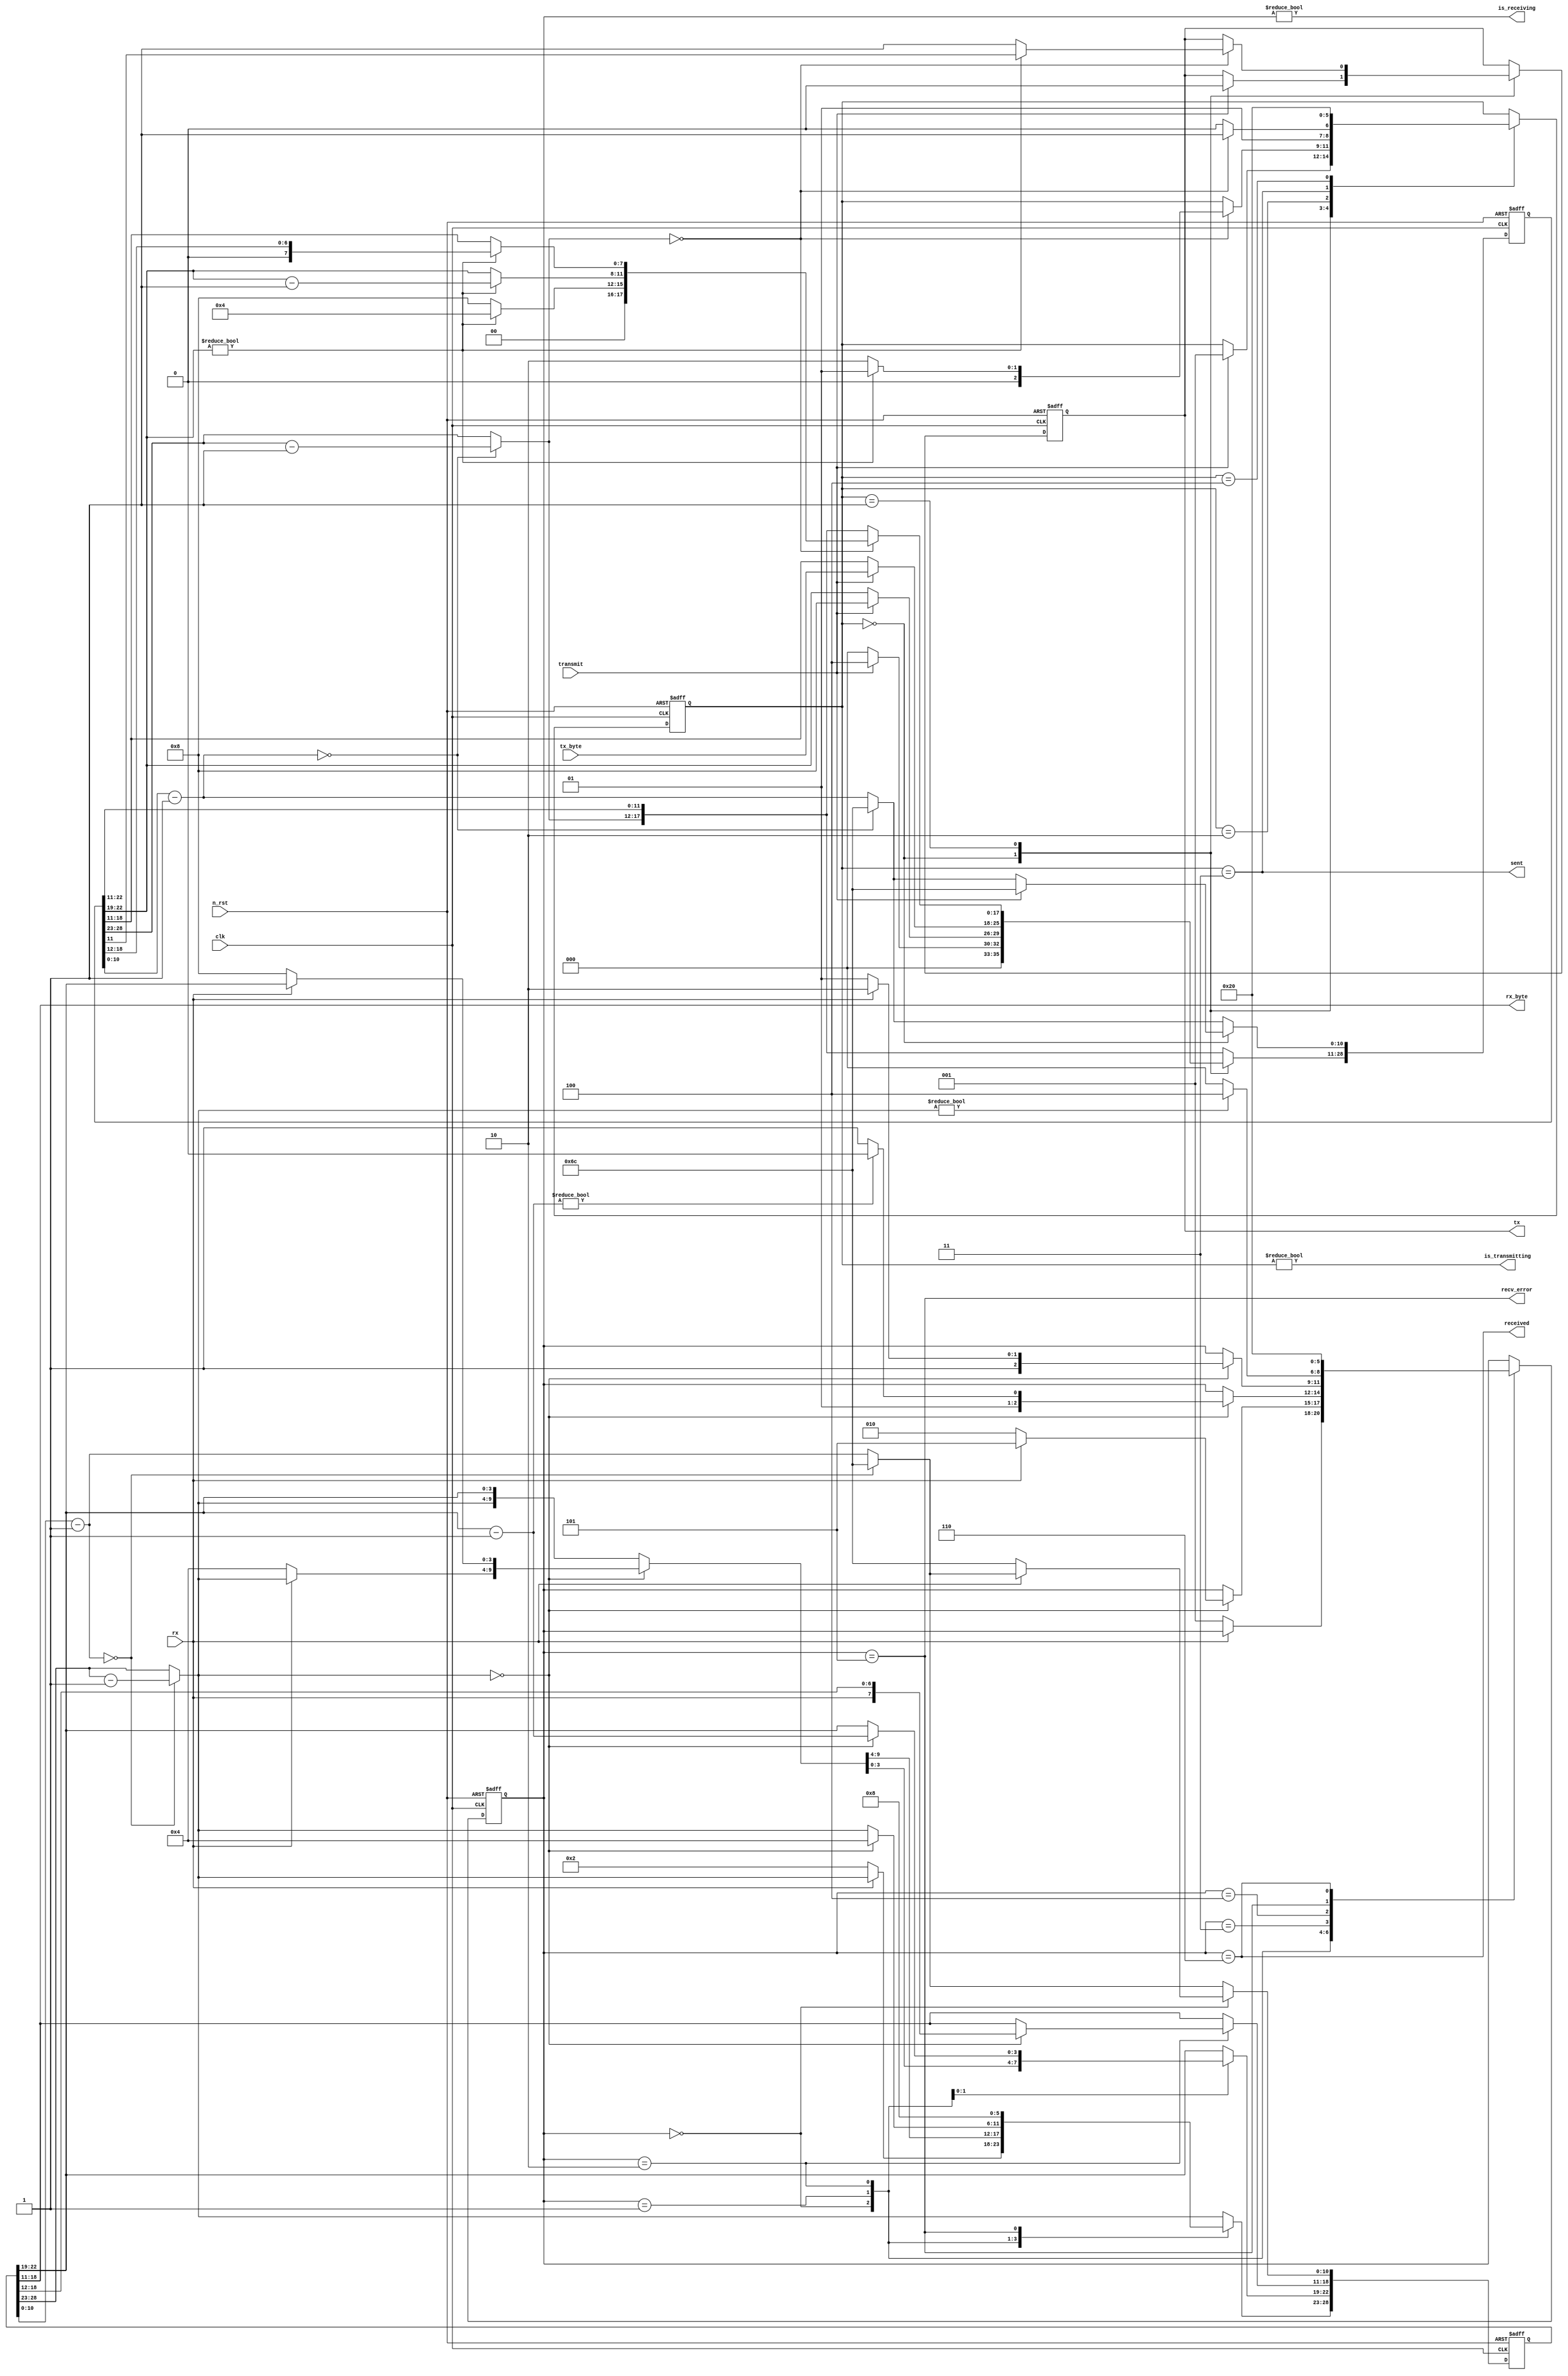
module uart (
	clk,
	n_rst,
	rx,
	tx,
	transmit,
	tx_byte,
	received,
	rx_byte,
	is_receiving,
	is_transmitting,
	recv_error,
	sent
);
	input clk;
	input n_rst;
	input rx;
	output tx;
	input transmit;
	input [7:0] tx_byte;
	output received;
	output [7:0] rx_byte;
	output is_receiving;
	output is_transmitting;
	output recv_error;
	output sent;
	parameter CLOCK_DIVIDE = 108;
	reg [28:0] rx_s;
	reg [28:0] tx_s;
	reg [2:0] rx_state;
	reg [2:0] tx_state;
	reg tx_out;
	localparam [2:0] RX_RECEIVED = 6;
	assign received = rx_state == RX_RECEIVED;
	localparam [2:0] RX_ERROR = 5;
	assign recv_error = rx_state == RX_ERROR;
	localparam [2:0] RX_IDLE = 0;
	assign is_receiving = rx_state != RX_IDLE;
	assign rx_byte = rx_s[18-:8];
	assign tx = tx_out;
	localparam [2:0] TX_IDLE = 0;
	assign is_transmitting = tx_state != TX_IDLE;
	localparam [2:0] TX_BYTE_SENT = 3;
	assign sent = tx_state == TX_BYTE_SENT;
	localparam [2:0] RX_CHECK_START = 1;
	localparam [2:0] RX_CHECK_STOP = 3;
	localparam [2:0] RX_DELAY_RESTART = 4;
	localparam [2:0] RX_READ_BITS = 2;
	localparam [2:0] TX_DELAY_RESTART = 2;
	localparam [2:0] TX_SENDING = 1;
	localparam [2:0] TX_STOP = 4;
	always @(posedge clk or negedge n_rst)
		if (n_rst == 1'b0) begin
			rx_state = RX_IDLE;
			tx_state = TX_IDLE;
			rx_s[28-:6] = {6 {1'sb0}};
			rx_s[22-:4] = {4 {1'sb0}};
			rx_s[18-:8] = {8 {1'sb0}};
			rx_s[10-:11] = {11 {1'sb0}};
			tx_s[28-:6] = {6 {1'sb0}};
			tx_s[22-:4] = {4 {1'sb0}};
			tx_s[18-:8] = {8 {1'sb0}};
			tx_s[10-:11] = {11 {1'sb0}};
			tx_out = 0;
		end
		else begin
			rx_s[10-:11] = rx_s[10-:11] - 1;
			if (!rx_s[10-:11]) begin
				rx_s[10-:11] = CLOCK_DIVIDE;
				rx_s[28-:6] = rx_s[28-:6] - 1;
			end
			tx_s[10-:11] = tx_s[10-:11] - 1;
			if (!tx_s[10-:11]) begin
				tx_s[10-:11] = CLOCK_DIVIDE;
				tx_s[28-:6] = tx_s[28-:6] - 1;
			end
			case (rx_state)
				RX_IDLE:
					if (!rx) begin
						rx_s[10-:11] = CLOCK_DIVIDE;
						rx_s[28-:6] = 2;
						rx_state = RX_CHECK_START;
					end
				RX_CHECK_START:
					if (!rx_s[28-:6])
						if (!rx) begin
							rx_s[28-:6] = 4;
							rx_s[22-:4] = 8;
							rx_state = RX_READ_BITS;
						end
						else
							rx_state = RX_ERROR;
				RX_READ_BITS:
					if (!rx_s[28-:6]) begin
						rx_s[18-:8] = {rx, rx_s[18:12]};
						rx_s[28-:6] = 4;
						rx_s[22-:4] = rx_s[22-:4] - 1;
						rx_state = (rx_s[22-:4] ? RX_READ_BITS : RX_CHECK_STOP);
					end
				RX_CHECK_STOP:
					if (!rx_s[28-:6])
						rx_state = (rx ? RX_RECEIVED : RX_ERROR);
				RX_DELAY_RESTART: rx_state = (rx_s[28-:6] ? RX_DELAY_RESTART : RX_IDLE);
				RX_ERROR: begin
					rx_s[28-:6] = 8;
					rx_state = RX_DELAY_RESTART;
				end
				RX_RECEIVED: rx_state = RX_IDLE;
			endcase
			case (tx_state)
				TX_IDLE: begin
					tx_s[28-:6] = 0;
					if (transmit) begin
						tx_s[18-:8] = tx_byte;
						tx_s[10-:11] = CLOCK_DIVIDE;
						tx_s[28-:6] = 4;
						tx_out = 0;
						tx_s[22-:4] = 8;
						tx_state = TX_SENDING;
					end
				end
				TX_SENDING:
					if (!tx_s[28-:6])
						if (tx_s[22-:4]) begin
							tx_s[22-:4] = tx_s[22-:4] - 1;
							tx_out = tx_s[11];
							tx_s[18-:8] = {1'b0, tx_s[18:12]};
							tx_s[28-:6] = 4;
							tx_state = TX_SENDING;
						end
						else begin
							tx_out = 1;
							tx_s[28-:6] = 8;
							tx_state = TX_DELAY_RESTART;
						end
				TX_DELAY_RESTART: tx_state = (tx_s[28-:6] == 0 ? TX_BYTE_SENT : TX_DELAY_RESTART);
				TX_BYTE_SENT: tx_state = TX_STOP;
				TX_STOP: tx_state = TX_IDLE;
			endcase
		end
endmodule